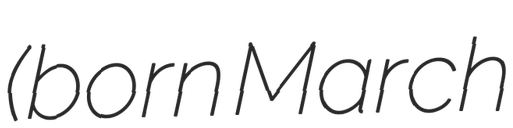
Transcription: (born March